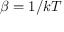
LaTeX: \beta = 1 / k T